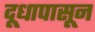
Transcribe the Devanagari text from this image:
दूधापासून